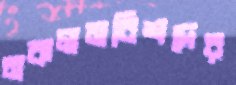
নকলনবিশদের